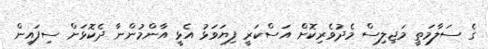
ގެ ސަލާމަތީ މަޖިލިސް މެދުވެރިކޮށް އަސްކަރީ ފިޔަވަޅު އެޅީ އާންމުންނާ ދެކޮޅަށް ސިފައިން